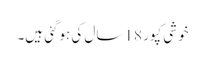
خوشی کپور 18 سال کی ہوگئی ہیں۔